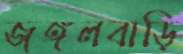
জঙ্গলবাড়ি